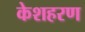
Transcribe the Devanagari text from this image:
केशहरण